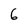
Character: 6